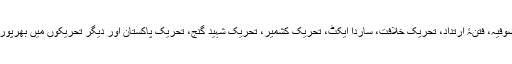
انجمن خدّام الصوفیہ، فتنۂ ارتداد، تحریک خلافت، ساردا ایکٹ، تحریک کشمیر، تحریک شہید گنج، تحریکِ پاکستان اور دیگر تحریکوں میں بھرپُور کردار ادا کیا۔